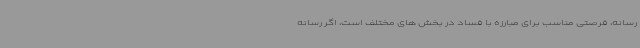
رسانه، فرصتی مناسب برای مبارزه با فساد در بخش های مختلف است، اگر رسانه